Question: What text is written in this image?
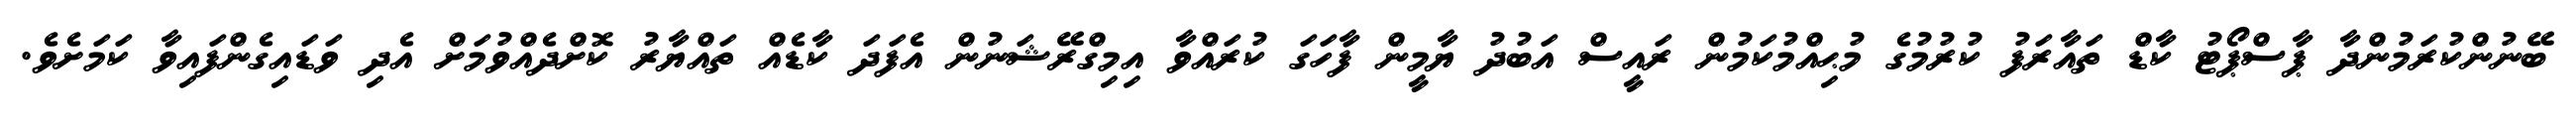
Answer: ބޭނުންކުރަމުންދާ ޕާސްޕޯޓު ކާޑް ތައާރަފު ކުރުމުގެ މުޙިއްމުކަމުން ރައީސް އަބުދު ޔާމީން ފާހަގަ ކުރައްވާ އިމިގްރޭޝަނުން އެފަދަ ކާޑެއް ތައްޔާރު ކޮށްދެއްވުމަށް އެދި ވަޑައިގެންފައިވާ ކަމަށެވެ.